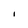
Character: I